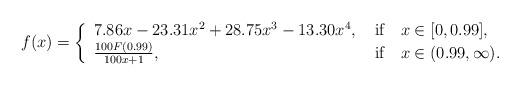
LaTeX: \begin{align*}f(x) = \left\{ \begin{array}{ll} 7.86 x - 23.31 x^2+ 28.75x^3- 13.30x^4, & \mbox{ if~~ } x \in [0,0.99], \\\frac{100 F(0.99)}{100x+1}, & \mbox{ if~~ } x \in (0.99, \infty). \end{array} \right.\end{align*}